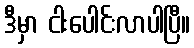
ဒီမှာ ငါးပေါင်းလာပါပြီ။